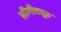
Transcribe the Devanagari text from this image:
लॉगीट्यूड